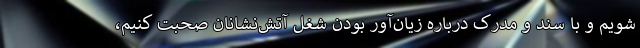
شویم و با سند و مدرک درباره زیان‌آور بودن شغل آتش‌نشانان صحبت کنیم،